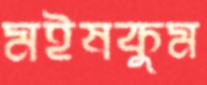
মইষকুম